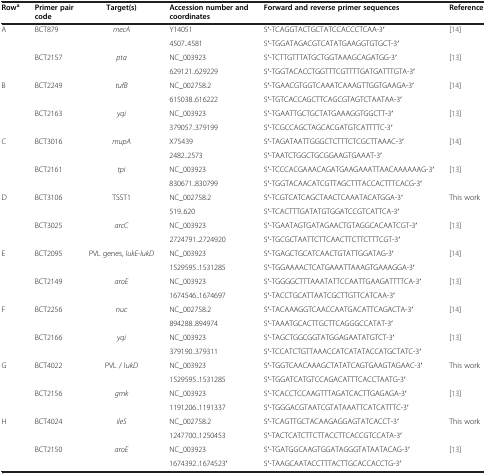
<table><thead><tr><td><b>Row<sup>a</sup></b></td><td><b>Primer pair code</b></td><td><b>Target(s)</b></td><td><b>Accession number and coordinates</b></td><td><b>Forward and reverse primer sequences</b></td><td><b>Reference</b></td></tr></thead><tbody><tr><td rowspan="4">A</td><td rowspan="2">BCT879</td><td rowspan="2"><i>mecA</i></td><td>Y14051</td><td>5′-TCAGGTACTGCTATCCACCCTCAA-3′</td><td rowspan="2">[14]</td></tr><tr><td>4507..4581</td><td>5′-TGGATAGACGTCATATGAAGGTGTGCT-3′</td></tr><tr><td rowspan="2">BCT2157</td><td rowspan="2"><i>pta</i></td><td>NC_003923</td><td>5′-TCTTGTTTATGCTGGTAAAGCAGATGG-3′</td><td rowspan="2">[13]</td></tr><tr><td>629121..629229</td><td>5′-TGGTACACCTGGTTTCGTTTTGATGATTTGTA-3′</td></tr><tr><td rowspan="4">B</td><td rowspan="2">BCT2249</td><td rowspan="2"><i>tufB</i></td><td>NC_002758.2</td><td>5′-TGAACGTGGTCAAATCAAAGTTGGTGAAGA-3′</td><td rowspan="2">[14]</td></tr><tr><td>615038..616222</td><td>5′-TGTCACCAGCTTCAGCGTAGTCTAATAA-3′</td></tr><tr><td rowspan="2">BCT2163</td><td rowspan="2"><i>yqi</i></td><td>NC_003923</td><td>5′-TGAATTGCTGCTATGAAAGGTGGCTT-3′</td><td rowspan="2">[13]</td></tr><tr><td>379057..379199</td><td>5′-TCGCCAGCTAGCACGATGTCATTTTC-3′</td></tr><tr><td rowspan="4">C</td><td rowspan="2">BCT3016</td><td rowspan="2"><i>mupA</i></td><td>X75439</td><td>5′-TAGATAATTGGGCTCTTTCTCGCTTAAAC-3′</td><td rowspan="2">[14]</td></tr><tr><td>2482..2573</td><td>5′-TAATCTGGCTGCGGAAGTGAAAT-3′</td></tr><tr><td rowspan="2">BCT2161</td><td rowspan="2"><i>tpi</i></td><td>NC_003923</td><td>5′-TCCCACGAAACAGATGAAGAAATTAACAAAAAAG-3′</td><td rowspan="2">[13]</td></tr><tr><td>830671..830799</td><td>5′-TGGTACAACATCGTTAGCTTTACCACTTTCACG-3′</td></tr><tr><td rowspan="4">D</td><td rowspan="2">BCT3106</td><td rowspan="2">TSST1</td><td>NC_002758.2</td><td>5′-TCGTCATCAGCTAACTCAAATACATGGA-3′</td><td rowspan="2">This work</td></tr><tr><td>519..620</td><td>5′-TCACTTTGATATGTGGATCCGTCATTCA-3′</td></tr><tr><td rowspan="2">BCT3025</td><td rowspan="2"><i>arcC</i></td><td>NC_003923</td><td>5′-TGAATAGTGATAGAACTGTAGGCACAATCGT-3′</td><td rowspan="2">[13]</td></tr><tr><td>2724791..2724920</td><td>5′-TGCGCTAATTCTTCAACTTCTTCTTTCGT-3′</td></tr><tr><td rowspan="4">E</td><td rowspan="2">BCT2095</td><td rowspan="2">PVL genes, <i>lukE-lukD</i></td><td>NC_003923</td><td>5′-TGAGCTGCATCAACTGTATTGGATAG-3′</td><td rowspan="2">[14]</td></tr><tr><td>1529595..1531285</td><td>5′-TGGAAAACTCATGAAATTAAAGTGAAAGGA-3′</td></tr><tr><td rowspan="2">BCT2149</td><td rowspan="2"><i>aroE</i></td><td>NC_003923</td><td>5′-TGGGGCTTTAAATATTCCAATTGAAGATTTTCA-3′</td><td rowspan="2">[13]</td></tr><tr><td>1674546..1674697</td><td>5′-TACCTGCATTAATCGCTTGTTCATCAA-3′</td></tr><tr><td rowspan="4">F</td><td rowspan="2">BCT2256</td><td rowspan="2"><i>nuc</i></td><td>NC_002758.2</td><td>5′-TACAAAGGTCAACCAATGACATTCAGACTA-3′</td><td rowspan="2">[14]</td></tr><tr><td>894288..894974</td><td>5′-TAAATGCACTTGCTTCAGGGCCATAT-3′</td></tr><tr><td rowspan="2">BCT2166</td><td rowspan="2"><i>yqi</i></td><td>NC_003923</td><td>5′-TAGCTGGCGGTATGGAGAATATGTCT-3′</td><td rowspan="2">[13]</td></tr><tr><td>379190..379311</td><td>5′-TCCATCTGTTAAACCATCATATACCATGCTATC-3′</td></tr><tr><td rowspan="4">G</td><td rowspan="2">BCT4022</td><td rowspan="2">PVL / l<i>ukD</i></td><td>NC_003923</td><td>5′-TGGTCAACAAAGCTATATCAGTGAAGTAGAAC-3′</td><td rowspan="2">This work</td></tr><tr><td>1529595..1531285</td><td>5′-TGGATCATGTCCAGACATTTCACCTAATG-3′</td></tr><tr><td rowspan="2">BCT2156</td><td rowspan="2"><i>gmk</i></td><td>NC_003923</td><td>5′-TCACCTCCAAGTTTAGATCACTTGAGAGA-3′</td><td rowspan="2">[13]</td></tr><tr><td>1191206..1191337</td><td>5′-TGGGACGTAATCGTATAAATTCATCATTTC-3′</td></tr><tr><td rowspan="4">H</td><td rowspan="2">BCT4024</td><td rowspan="2"><i>ileS</i></td><td>NC_002758.2</td><td>5′-TCAGTTGCTACAAGAGGAGTATCACCT-3′</td><td rowspan="2">This work</td></tr><tr><td>1247700..1250453</td><td>5′-TACTCATCTTCTTACCTTCACCGTCCATA-3′</td></tr><tr><td rowspan="2">BCT2150</td><td rowspan="2"><i>aroE</i></td><td>NC_003923</td><td>5′-TGATGGCAAGTGGATAGGGTATAATACAG-3′</td><td rowspan="2">[13]</td></tr><tr><td>1674392..1674523′</td><td>5′-TAAGCAATACCTTTACTTGCACCACCTG-3′</td></tr></tbody></table>